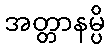
အတ္တာနမ္ပိ